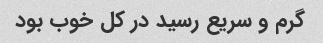
گرم و سریع رسید در کل خوب بود